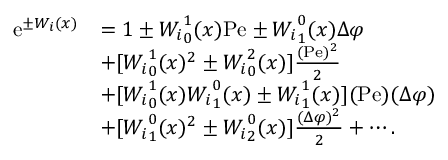
\begin{array} { r l } { \mathrm { e } ^ { \pm W _ { i } ( x ) } } & { = 1 \pm { W _ { i } } _ { 0 } ^ { 1 } ( x ) \mathrm { P e } \pm { W _ { i } } _ { 1 } ^ { 0 } ( x ) \Delta \varphi } \\ & { + [ { W _ { i } } _ { 0 } ^ { 1 } ( x ) ^ { 2 } \pm { W _ { i } } _ { 0 } ^ { 2 } ( x ) ] \frac { ( \mathrm { P e } ) ^ { 2 } } { 2 } } \\ & { + [ { W _ { i } } _ { 0 } ^ { 1 } ( x ) { W _ { i } } _ { 1 } ^ { 0 } ( x ) \pm { W _ { i } } _ { 1 } ^ { 1 } ( x ) ] ( \mathrm { P e } ) ( \Delta \varphi ) } \\ & { + [ { W _ { i } } _ { 1 } ^ { 0 } ( x ) ^ { 2 } \pm { W _ { i } } _ { 2 } ^ { 0 } ( x ) ] \frac { ( \Delta \varphi ) ^ { 2 } } { 2 } + \cdots . } \end{array}